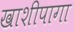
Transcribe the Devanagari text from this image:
खाशीपागा